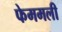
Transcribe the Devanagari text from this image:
फेममली